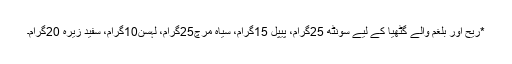
*ریح اور بلغم والے گٹھیا کے لیے سونٹھ 25گرام، پیپل 15گرام، سیاہ مرچ25گرام، لہسن10گرام، سفید زیرہ 20گرام۔